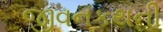
જીવનકથની